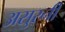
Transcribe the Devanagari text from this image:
असुरनी